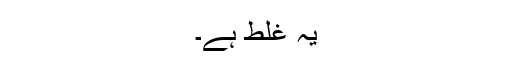
یہ غلط ہے۔